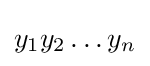
y_{1}y_{2}\dots y_{n}